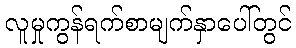
လူမှုကွန်ရက်စာမျက်နှာပေါ်တွင်